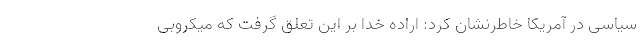
سیاسی در آمریکا خاطرنشان کرد: اراده خدا بر این تعلق گرفت که میکروبی